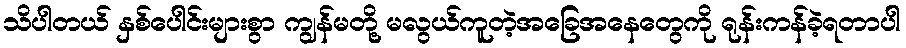
သိပါတယ် နှစ်ပေါင်းများစွာ ကျွန်မတို့ မလွယ်ကူတဲ့အခြေအနေတွေကို ရုန်းကန်ခဲ့ရတာပါ